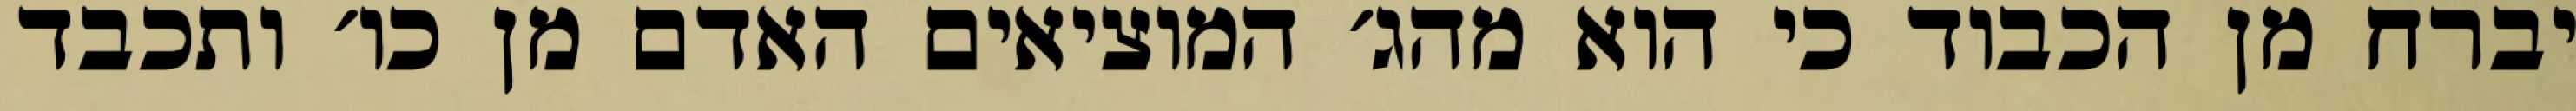
יברח מן הכבוד כי הוא מהג׳ המוציאים האדם מן כו׳ ותכבד